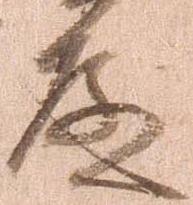
殿